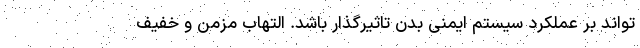
تواند بر عملکرد سیستم ایمنی بدن تاثیرگذار باشد. التهاب مزمن و خفیف